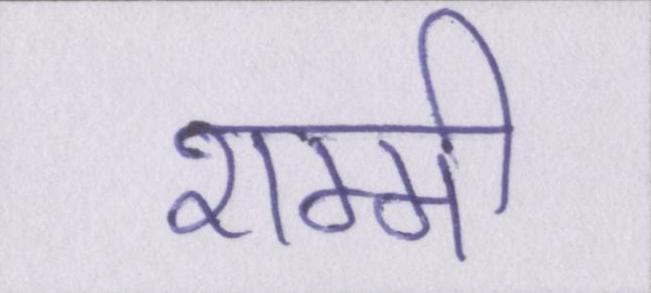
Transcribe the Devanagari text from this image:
शम्मी